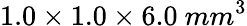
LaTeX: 1.0\times 1.0\times 6.0~mm^{3}